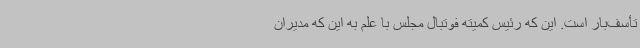
تأسف‌بار است. این که رئیس کمیته فوتبال مجلس با علم به این که مدیران